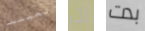
لعبتنا لذا بدت